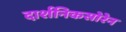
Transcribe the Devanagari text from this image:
दार्शनिकसोरेन